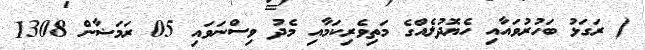
( ރަގަޅު ބަހުރުވައާއި ހެޔޮދުލެއްގެ މަތިވެރިކަމާއި މެދު ވިސްނަވައި 05 ރަމަޟާން 1308